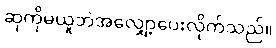
ဆုကိုမယူဘဲအလျှော့ပေးလိုက်သည်။